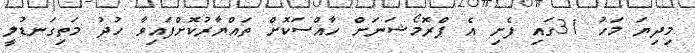
މިދިޔަ މަހު 31ގައި ފެށި އެ ޕްރޮމޯޝަނަށް ހާއްސަކޮށް ތައްޔާރުކޮށްފައިވާ ހުދު މަތިގަނޑުލީ